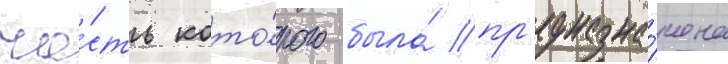
ча́сть кото́рого была́ пр'едназна́чена